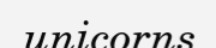
unicorns